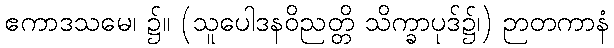
ဧကာဒသမေ၊ ၌။ (သူပေါဒနဝိညတ္တိ သိက္ခာပုဒ်၌၊) ဉာတကာနံ